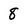
Character: 8